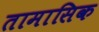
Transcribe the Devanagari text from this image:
तामासिक